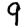
Digit: 9